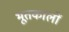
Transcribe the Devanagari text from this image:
भूतकालों